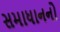
સમાધાનનો